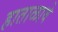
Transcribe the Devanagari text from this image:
हाताळावे